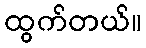
ထွက်တယ်။